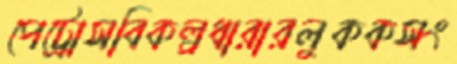
পেট্রোসবিকল্পধারারলুককসং